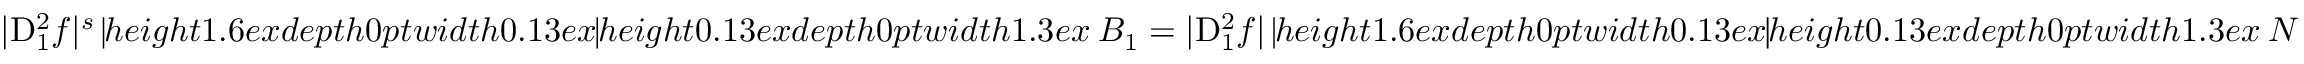
| { \mathrm { D } } _ { 1 } ^ { 2 } f | ^ { s } \mathbin { \vrule h e i g h t 1 . 6 e x d e p t h 0 p t w i d t h 0 . 1 3 e x \vrule h e i g h t 0 . 1 3 e x d e p t h 0 p t w i d t h 1 . 3 e x } B _ { 1 } = | { \mathrm { D } } _ { 1 } ^ { 2 } f | \mathbin { \vrule h e i g h t 1 . 6 e x d e p t h 0 p t w i d t h 0 . 1 3 e x \vrule h e i g h t 0 . 1 3 e x d e p t h 0 p t w i d t h 1 . 3 e x } N